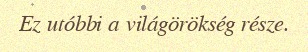
Ez utóbbi a világörökség része.